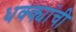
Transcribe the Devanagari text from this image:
धक्क्यांची